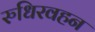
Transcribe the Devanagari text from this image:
रुधिरवहन